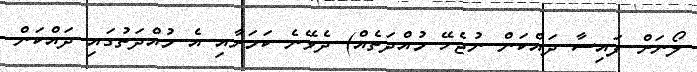
ލޯނަށް ފައިސާ ދައްކަން ނުޖެހޭ މުއްދަތެއް) ދެވޭނެ ކަމަށާއި އެ މުއްދަތުގައި ދައްކަން